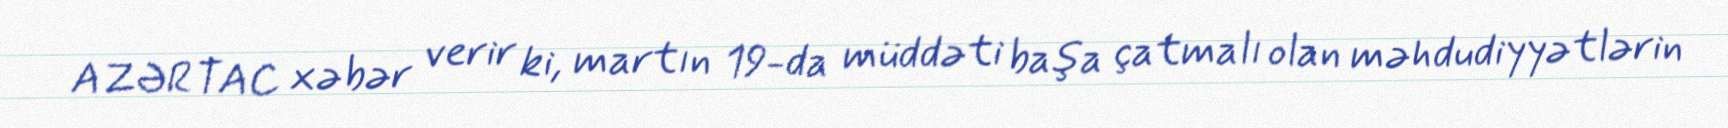
AZƏRTAC xəbər verir ki, martın 19-da müddəti başa çatmalı olan məhdudiyyətlərin